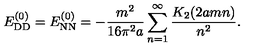
E _ { \mathrm { D D } } ^ { ( 0 ) } = E _ { \mathrm { N N } } ^ { ( 0 ) } = - \frac { m ^ { 2 } } { 1 6 \pi ^ { 2 } a } \sum _ { n = 1 } ^ { \infty } \frac { K _ { 2 } ( 2 a m n ) } { n ^ { 2 } } .